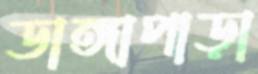
ডাঙ্গাপাড়া